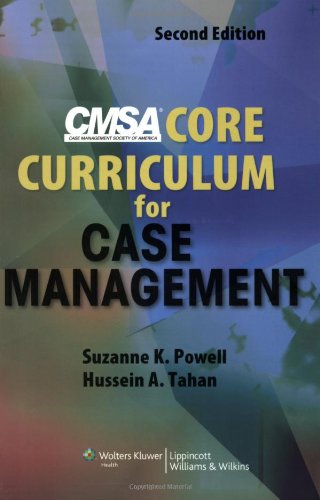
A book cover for CMSA Core Curriculum for Case Management; Suzanne K. Powell RN  BSN  CCM; Test Preparation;